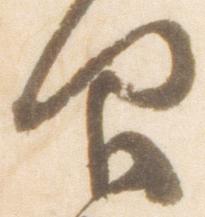
仰